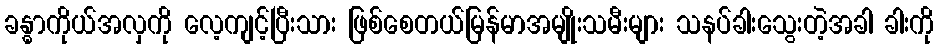
ခန္ဓာကိုယ်အလှကို လေ့ကျင့်ပြီးသား ဖြစ်စေတယ်မြန်မာအမျိုးသမီးများ သနပ်ခါးသွေးတဲ့အခါ ခါးကို